Report of the King Institute of Preventive Medicine, Guindy
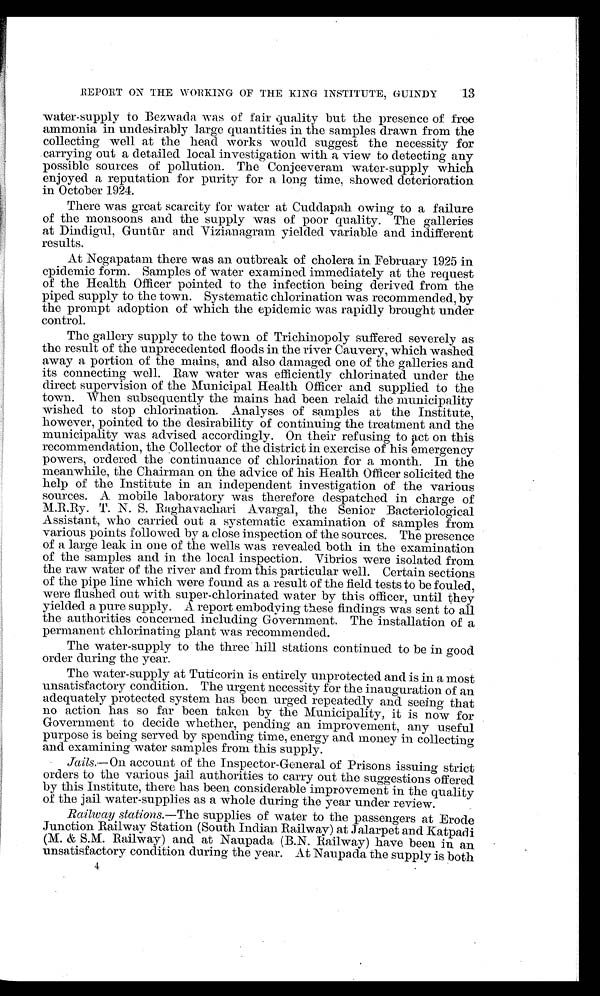
13
REPORT ON THE WORKING OF THE KING INSTITUTE, GUINDY
water-supply to Bezwada was of fair quality but the presence of free
ammonia in undesirably large quantities in the samples drawn from the
collecting well at the head works would suggest the necessity for
carrying out a detailed local investigation with a view to detecting any
possible sources of pollution. The Conjeeveram water-supply which
enjoyed a reputation for purity for a long time, showed deterioration
in October 1924.
There was great scarcity for water at Cuddapah owing to a failure
of the monsoons and the supply was of poor quality. The galleries
at Dindigul, Guntū r and Vizianagram yielded variable and indifferent
results.
At Negapatam there was an outbreak of cholera in February 1925 in
epidemic form. Samples of water examined immediately at the request
of the Health Officer pointed to the infection being derived from the
piped supply to the town. Systematic chlorination was recommended, by
the prompt adoption of which the epidemic was rapidly brought under
control.
The gallery supply to the town of Trichinopoly suffered severely as
the result of the unprecedented floods in the river Cauvery, which washed
away a portion of the mains, and also damaged one of the galleries and
its connecting well. Raw water was efficiently chlorinated under the
direct supervision of the Municipal Health Officer and supplied to the
town. When subsequently the mains had been relaid the municipality
wished to stop chlorination. Analyses of samples at the Institute,
however, pointed to the desirability of continuing the treatment and the
municipality was advised accordingly. On their refusing to act on this
recommendation, the Collector of the district in exercise of his emergency
powers, ordered the continuance of chlorination for a month. In the
meanwhile, the Chairman on the advice of his Health Officer solicited the
help of the Institute in an independent investigation of the various
sources. A mobile laboratory was therefore despatched in charge of
M.R.Ry. T. N. S. Raghavachari Avargal, the Senior Bacteriological
Assistant, who carried out a systematic examination of samples from
various points followed by a close inspection of the sources. The presence
of a large leak in one of the wells was revealed both in the examination
of the samples and in the local inspection. Vibrios were isolated from
the raw water of the river and from this particular well. Certain sections
of the pipe line which were found as a result of the field tests to be fouled,
were flushed out with super-chlorinated water by this officer, until they
yielded a pure supply. A report embodying these findings was sent to all
the authorities concerned including Government. The installation of a
permanent chlorinating plant was recommended.
The water-supply to the three hill stations continued to be in good
order during the year.
The water-supply at Tuticorin is entirely unprotected and is in a most
unsatisfactory condition. The urgent necessity for the inauguration of an
adequately protected system has been urged repeatedly and seeing that
no action has so far been taken by the Municipality, it is now for
Government to decide whether, pending an improvement, any useful
purpose is being served by spending time, energy and money in collecting
and examining water samples from this supply.
Jails .—On account of the Inspector-General of Prisons issuing strict
orders to the various jail authorities to carry out the suggestions offered
by this Institute, there has been considerable improvement in the quality
of the jail water-supplies as a whole during the year under review.
Railway stations .—The supplies of water to the passengers at Erode
Junction Railway Station (South Indian Railway) at Jalarpet and Katpadi
( M . & S . M . R a i l w a y ) a n d a t N a u p a d a ( B . N . R a i l w a y ) h a v e b e e n i n a n
unsatisfactory condition during the year. At Naupada the supply is both
4